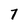
Character: 7